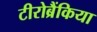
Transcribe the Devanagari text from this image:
टीरोब्रैंकिया